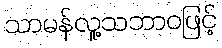
သာမန်လူ့သဘာဝဖြင့်